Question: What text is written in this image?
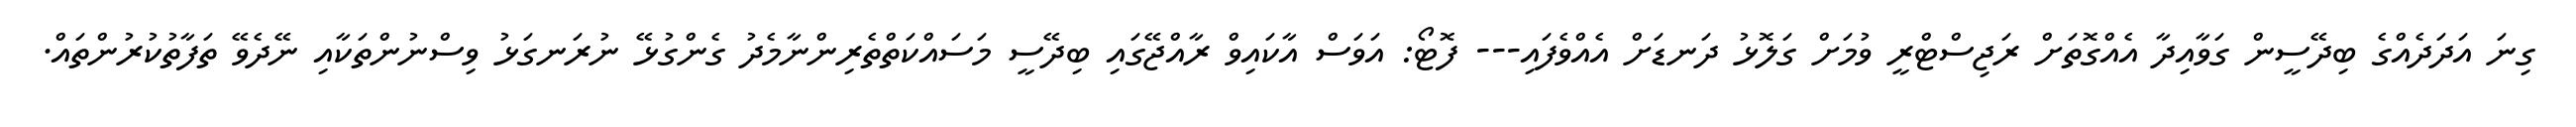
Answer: ގިނަ އަދަދެއްގެ ބިދޭސީން ގަވާއިދާ އެއްގޮތަށް ރަޖިސްޓްރީ ވުމަށް ގަލޮޅު ދަނޑަށް އެއްވެފައި--- ފޮޓޯ: އަވަސް އާކައިވް ރާއްޖޭގައި ބިދޭސީ މަސައްކަތްތެރިންނާމެދު ގެންގުޅޭ ނުރަނގަޅު ވިސްނުންތަކާއި ނޭދެވޭ ތަފާތުކުރުންތައް.